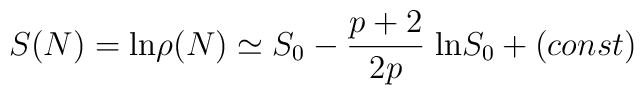
S(N) = {\rm ln} \rho(N) \simeq S_0 - \frac{p + 2}{2 p} \; {\rm ln} S_0 + (const)